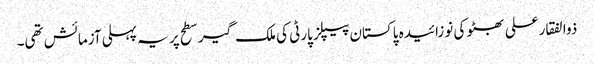
ذوالفقارعلی بھٹو کی نوزائیدہ پاکستان پیپلز پارٹی کی ملک گیر سطح پر یہ پہلی آزمائش تھی۔